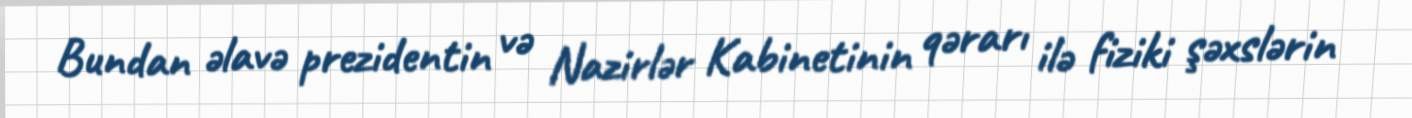
Bundan əlavə prezidentin və Nazirlər Kabinetinin qərarı ilə fiziki şəxslərin